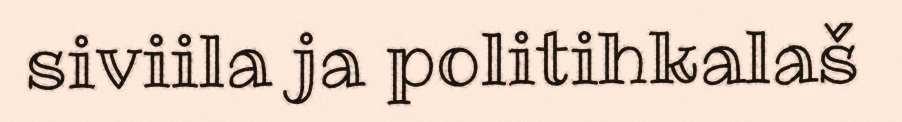
siviila ja politihkalaš